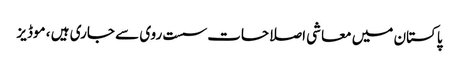
پاکستان میں معاشی اصلاحات سست روی سے جاری ہیں ، موڈیز